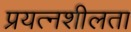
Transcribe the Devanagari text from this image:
प्रयत्नशीलता